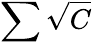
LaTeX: \sum\sqrt{C}